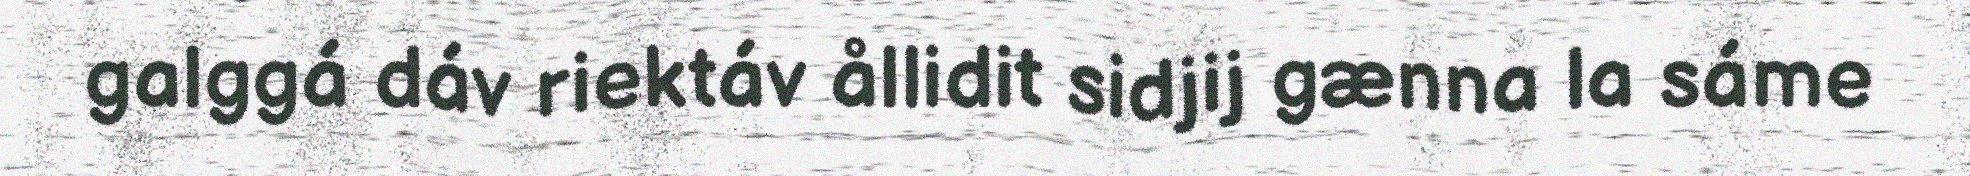
galggá dáv riektáv ållidit sidjij gænna la sáme